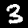
Digit: 3